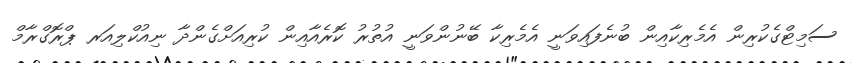
ސަމިޓްގެކުރިން އެމެރިކާއިން ބުނެފައިވަނީ އެމެރިކާ ބޭނުންވަނީ އުތުރު ކޮރެއާއިން ކުރިއަށްގެންދާ ނިއުކްލިއަރ ޕްރޮގްރާމް